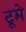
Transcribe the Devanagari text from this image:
टूमे